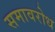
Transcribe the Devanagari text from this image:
समावरोध